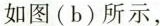
如图(b)所示，